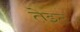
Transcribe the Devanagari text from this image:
तेइट